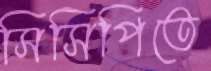
সিসিপিতে